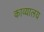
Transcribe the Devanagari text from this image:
काव्यालय